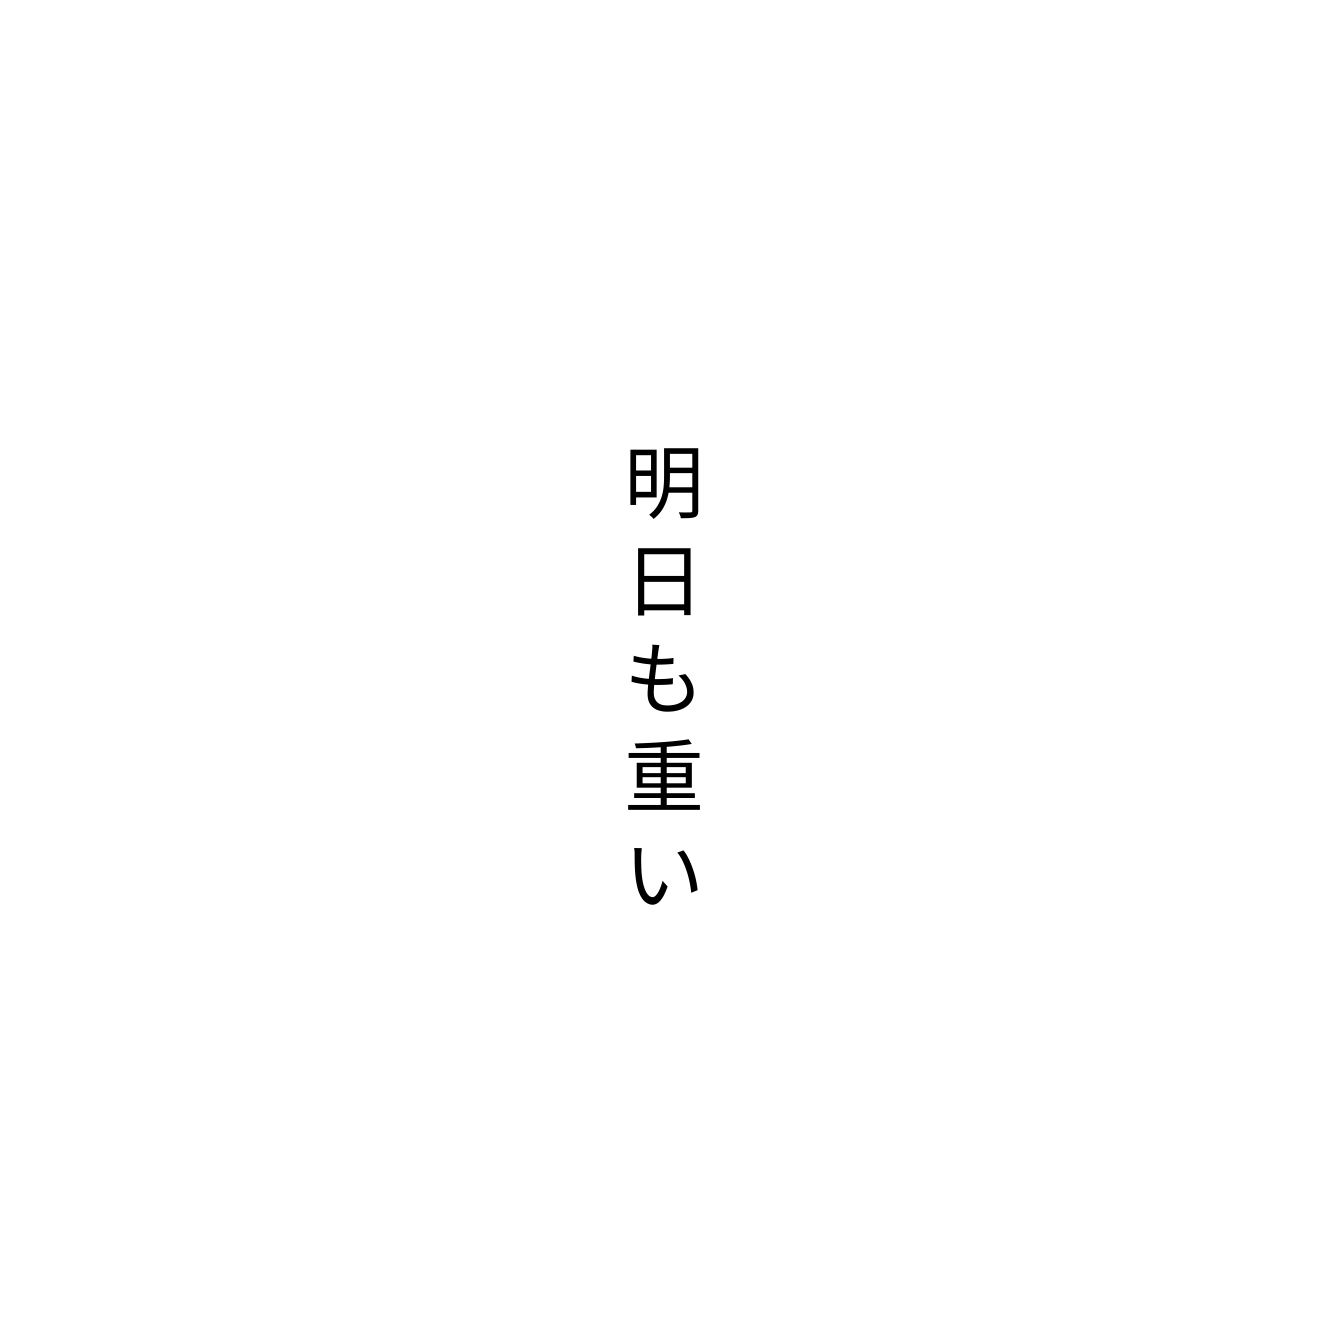
明日も重い